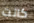
كانت